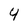
Character: 4